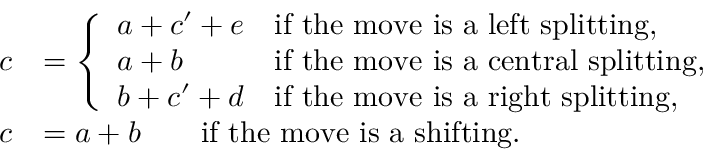
\begin{array} { r l } { c } & { = \left\{ \begin{array} { l l } { a + c ^ { \prime } + e } & { \mathrm { i f ~ t h e ~ m o v e ~ i s ~ a ~ l e f t ~ s p l i t t i n g , } } \\ { a + b } & { \mathrm { i f ~ t h e ~ m o v e ~ i s ~ a ~ c e n t r a l ~ s p l i t t i n g , } } \\ { b + c ^ { \prime } + d } & { \mathrm { i f ~ t h e ~ m o v e ~ i s ~ a ~ r i g h t ~ s p l i t t i n g , } } \end{array} \right. } \\ { c } & { = a + b \qquad \mathrm { i f ~ t h e ~ m o v e ~ i s ~ a ~ s h i f t i n g } . } \end{array}